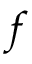
f